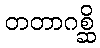
တတာဂစ္ဆိ